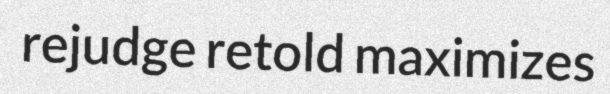
rejudge retold maximizes